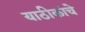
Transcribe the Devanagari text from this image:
याठीकांचे